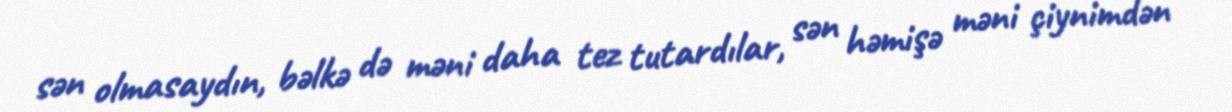
sən olmasaydın, bəlkə də məni daha tez tutardılar, sən həmişə məni çiynimdən